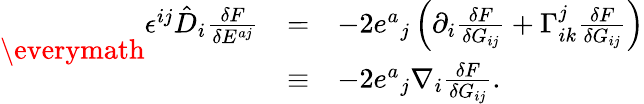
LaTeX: \everymath{\displaystyle}\begin{array}{rcl}{{\epsilon^{ij}\hat{D}_{i}\frac{\delta F}{\delta E^{aj}}}}&{{=}}&{{-2{e^{a}}_{j}\left(\partial_{i}\frac{\delta F}{\delta G_{ij}}+\Gamma_{ik}^{j}\frac{\delta F}{\delta G_{ij}}\right)}}\\ {{}}&{{\equiv}}&{{-2{e^{a}}_{j}\nabla_{i}\frac{\delta F}{\delta G_{ij}}.}}\end{array}